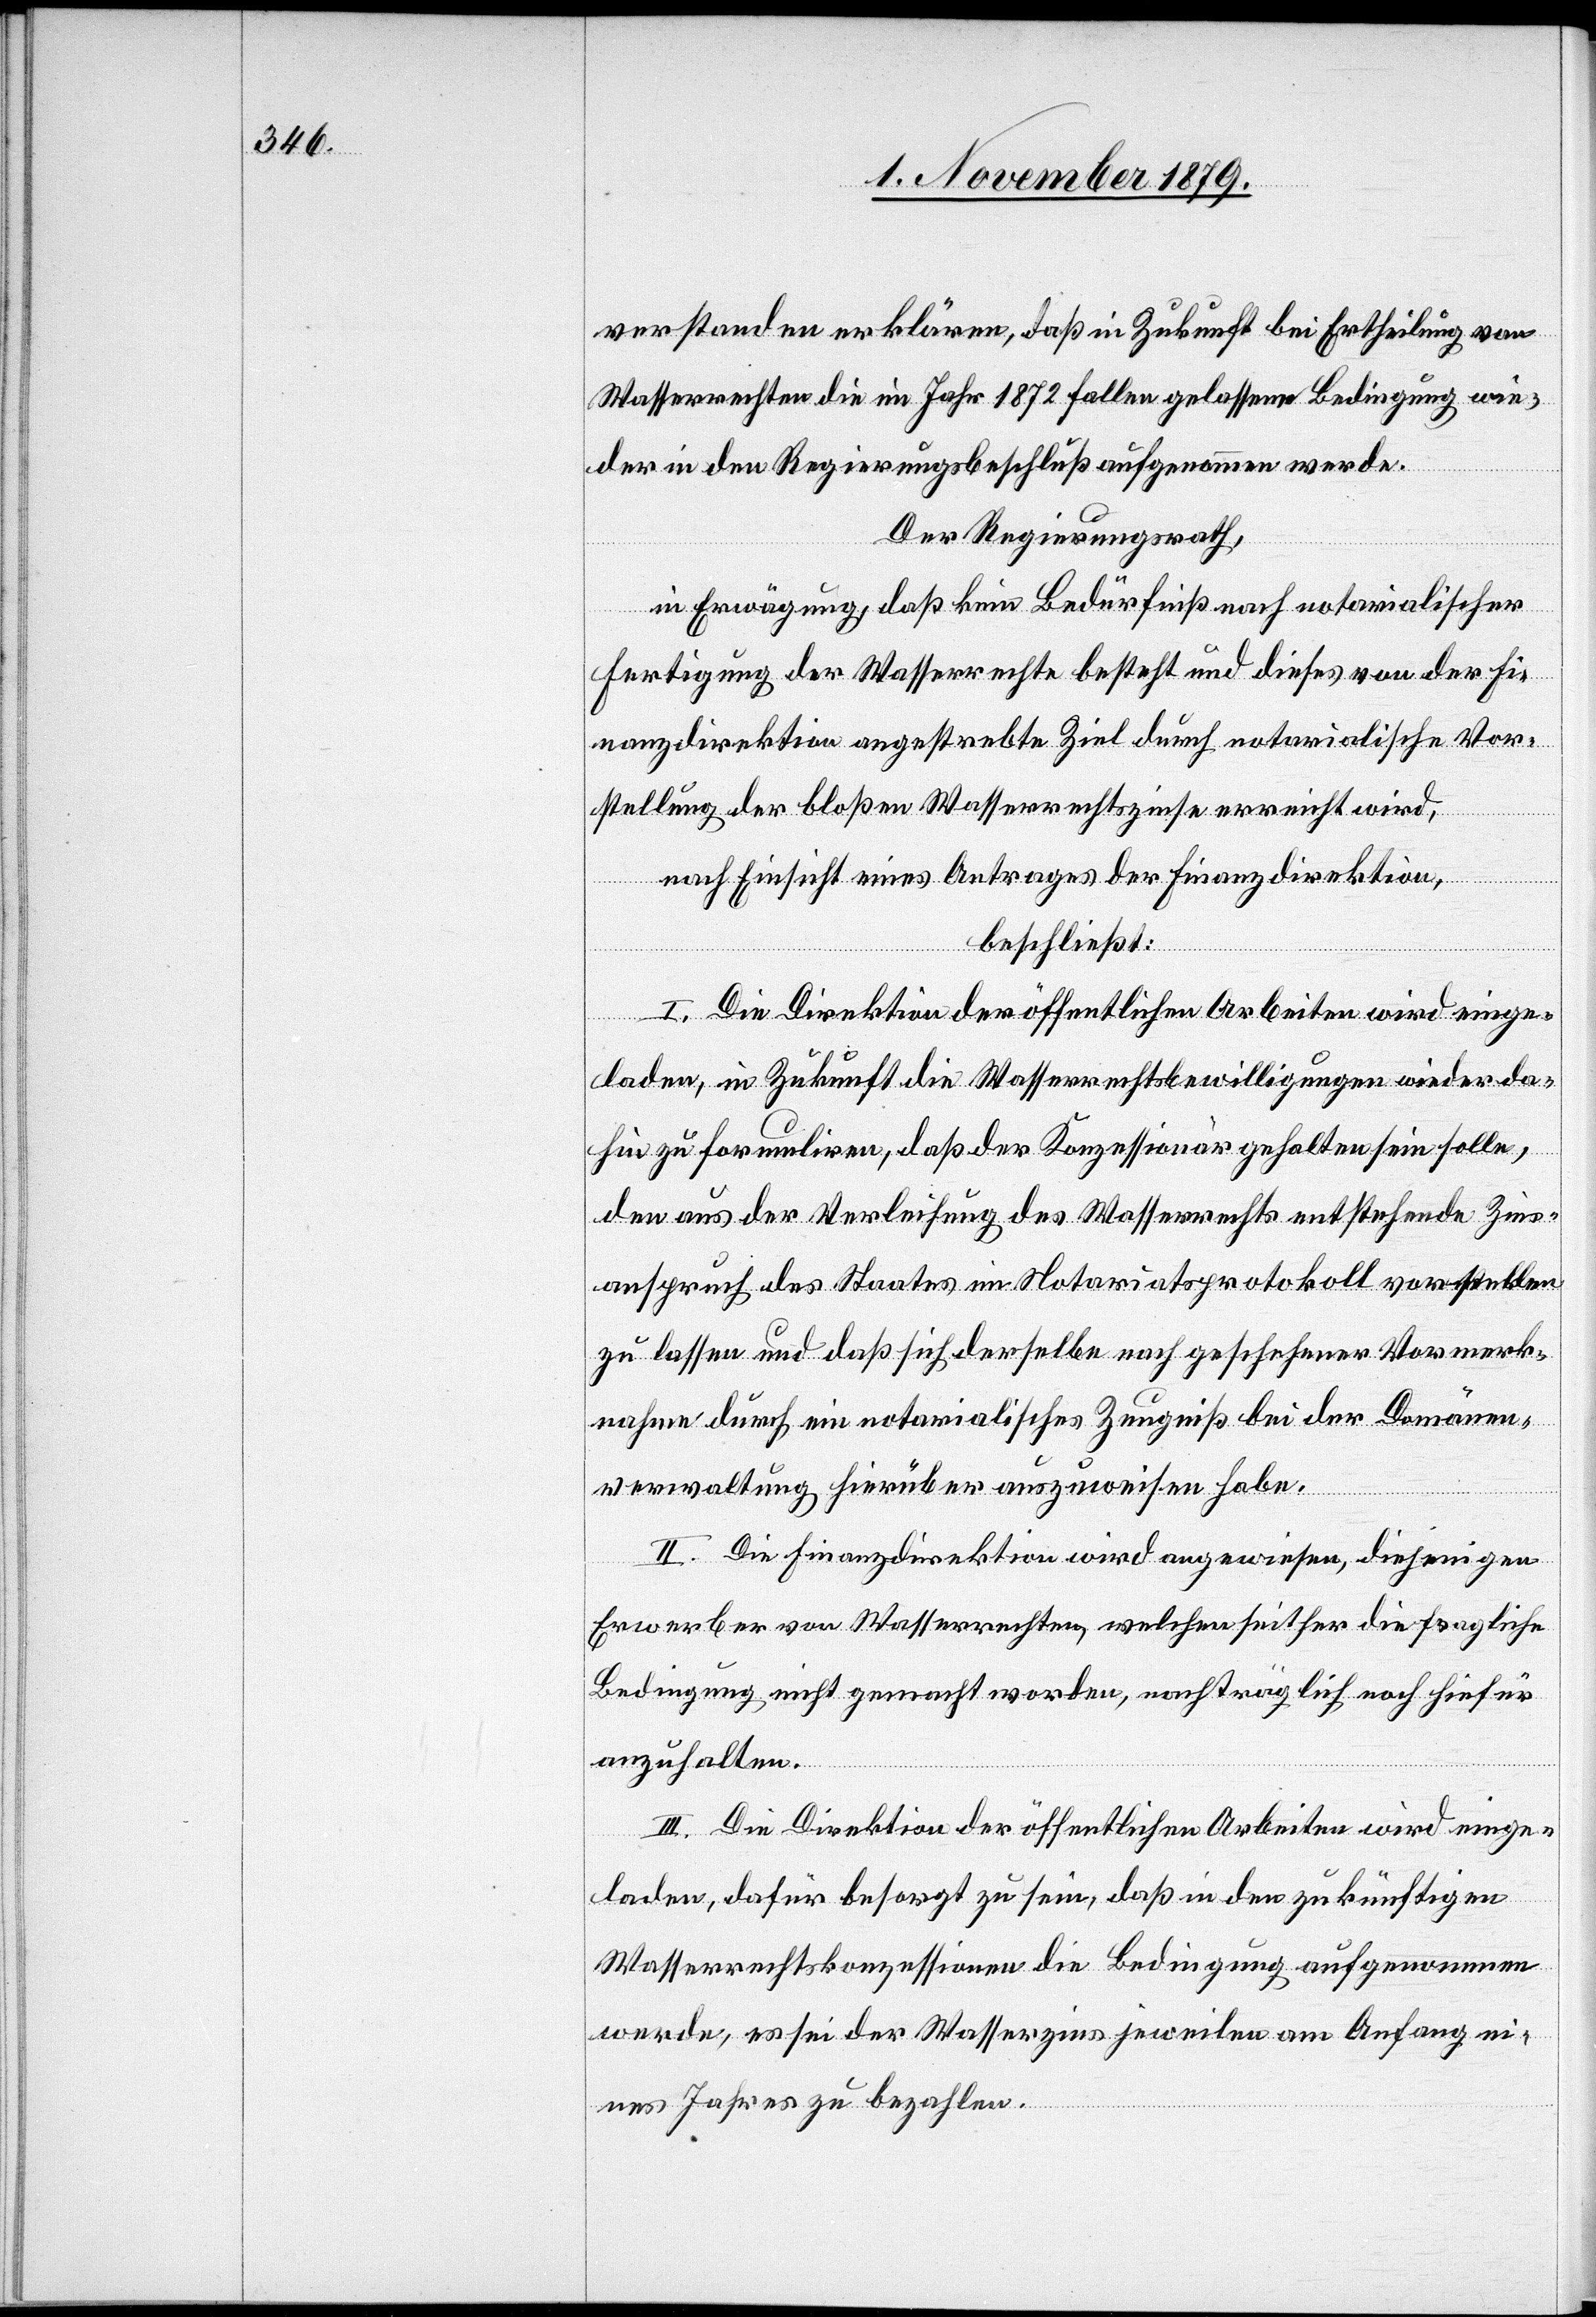
verstanden erklären, daß in Zukunft bei Ertheilung von
Wasserrechten die im Jahr 1872 fallen gelassene Bedingung wie¬
der in den Regierungsbeschluß aufgenommen werde.
Der Regierungsrath,
in Erwägung, daß kein Bedürfniß nach notarialischer
Fertigung der Wasserrechte besteht und dieses von der Fi¬
nanzdirektion angestrebte Ziel durch notarialische Vor¬
stellung der bloßen Wasserrechtszinse erreicht wird,
nach Einsicht eines Antrages der Finanzdirektion,
beschließt:
I. Die Direktion der öffentlichen Arbeiten wird einge¬
laden, in Zukunft die Wasserrechtsbewilligungen wieder da¬
hin zu formuliren, daß der Konzessionär gehalten sein soll,
den aus der Verleihung des Wasserrechts entstehende Zins¬
anspruch des Staates im Notariatsprotokoll vorstellen
zu lassen und daß sich derselbe nach geschehener Vormerk¬
nahme durch ein notarialisches Zeugniß bei der Domänen¬
verwaltung hierüber auszuweisen habe.
II. Die Finanzdirektion wird angewiesen, diejenigen
Erwerber von Wasserrechten, welchen seither die fragliche
Bedingung nicht gemacht worden, nachträglich noch hiefür
anzuhalten.
III. Die Direktion der öffentlichen Arbeiten wird einge¬
laden, dafür besorgt zu sein, daß in den zukünftigen
Wasserrechtskonzessionen die Bedingung aufgenommen
werde, es sei der Wasserzins jeweilen am Anfang ei¬
nes Jahres zu bezahlen.